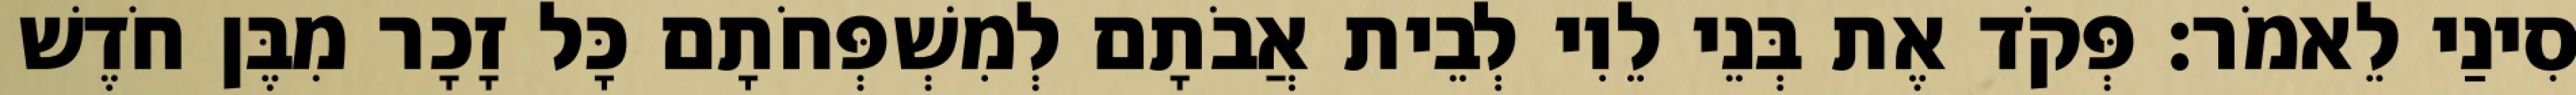
סִינַי לֵאמֹר׃ פְּקֹד אֶת בְּנֵי לֵוִי לְבֵית אֲבֹתָם לְמִשְׁפְּחֹתָם כָּל זָכָר מִבֶּן חֹדֶשׁ